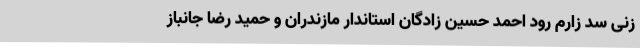
زنی سد زارم رود احمد حسین زادگان استاندار مازندران و حمید رضا جانباز